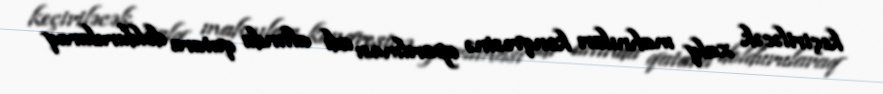
keçiriləcək xalq mahnıları konqresinə aparılması adı altında qatara doldurularaq